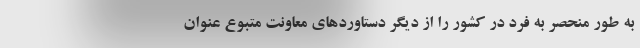
به طور منحصر به فرد در کشور را از دیگر دستاوردهای معاونت متبوع عنوان